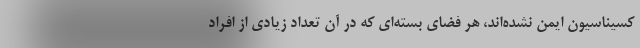
کسیناسیون ایمن نشده‌اند، هر فضای بسته‌ای که در آن تعداد زیادی از افراد